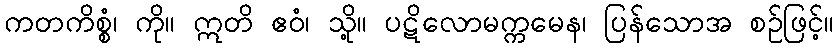
ကတကိစ္စံ၊ ကို။ ဣတိ ဧဝံ၊ သို့။ ပဋိလောမက္ကမေန၊ ပြန်သောအ စဉ်ဖြင့်။